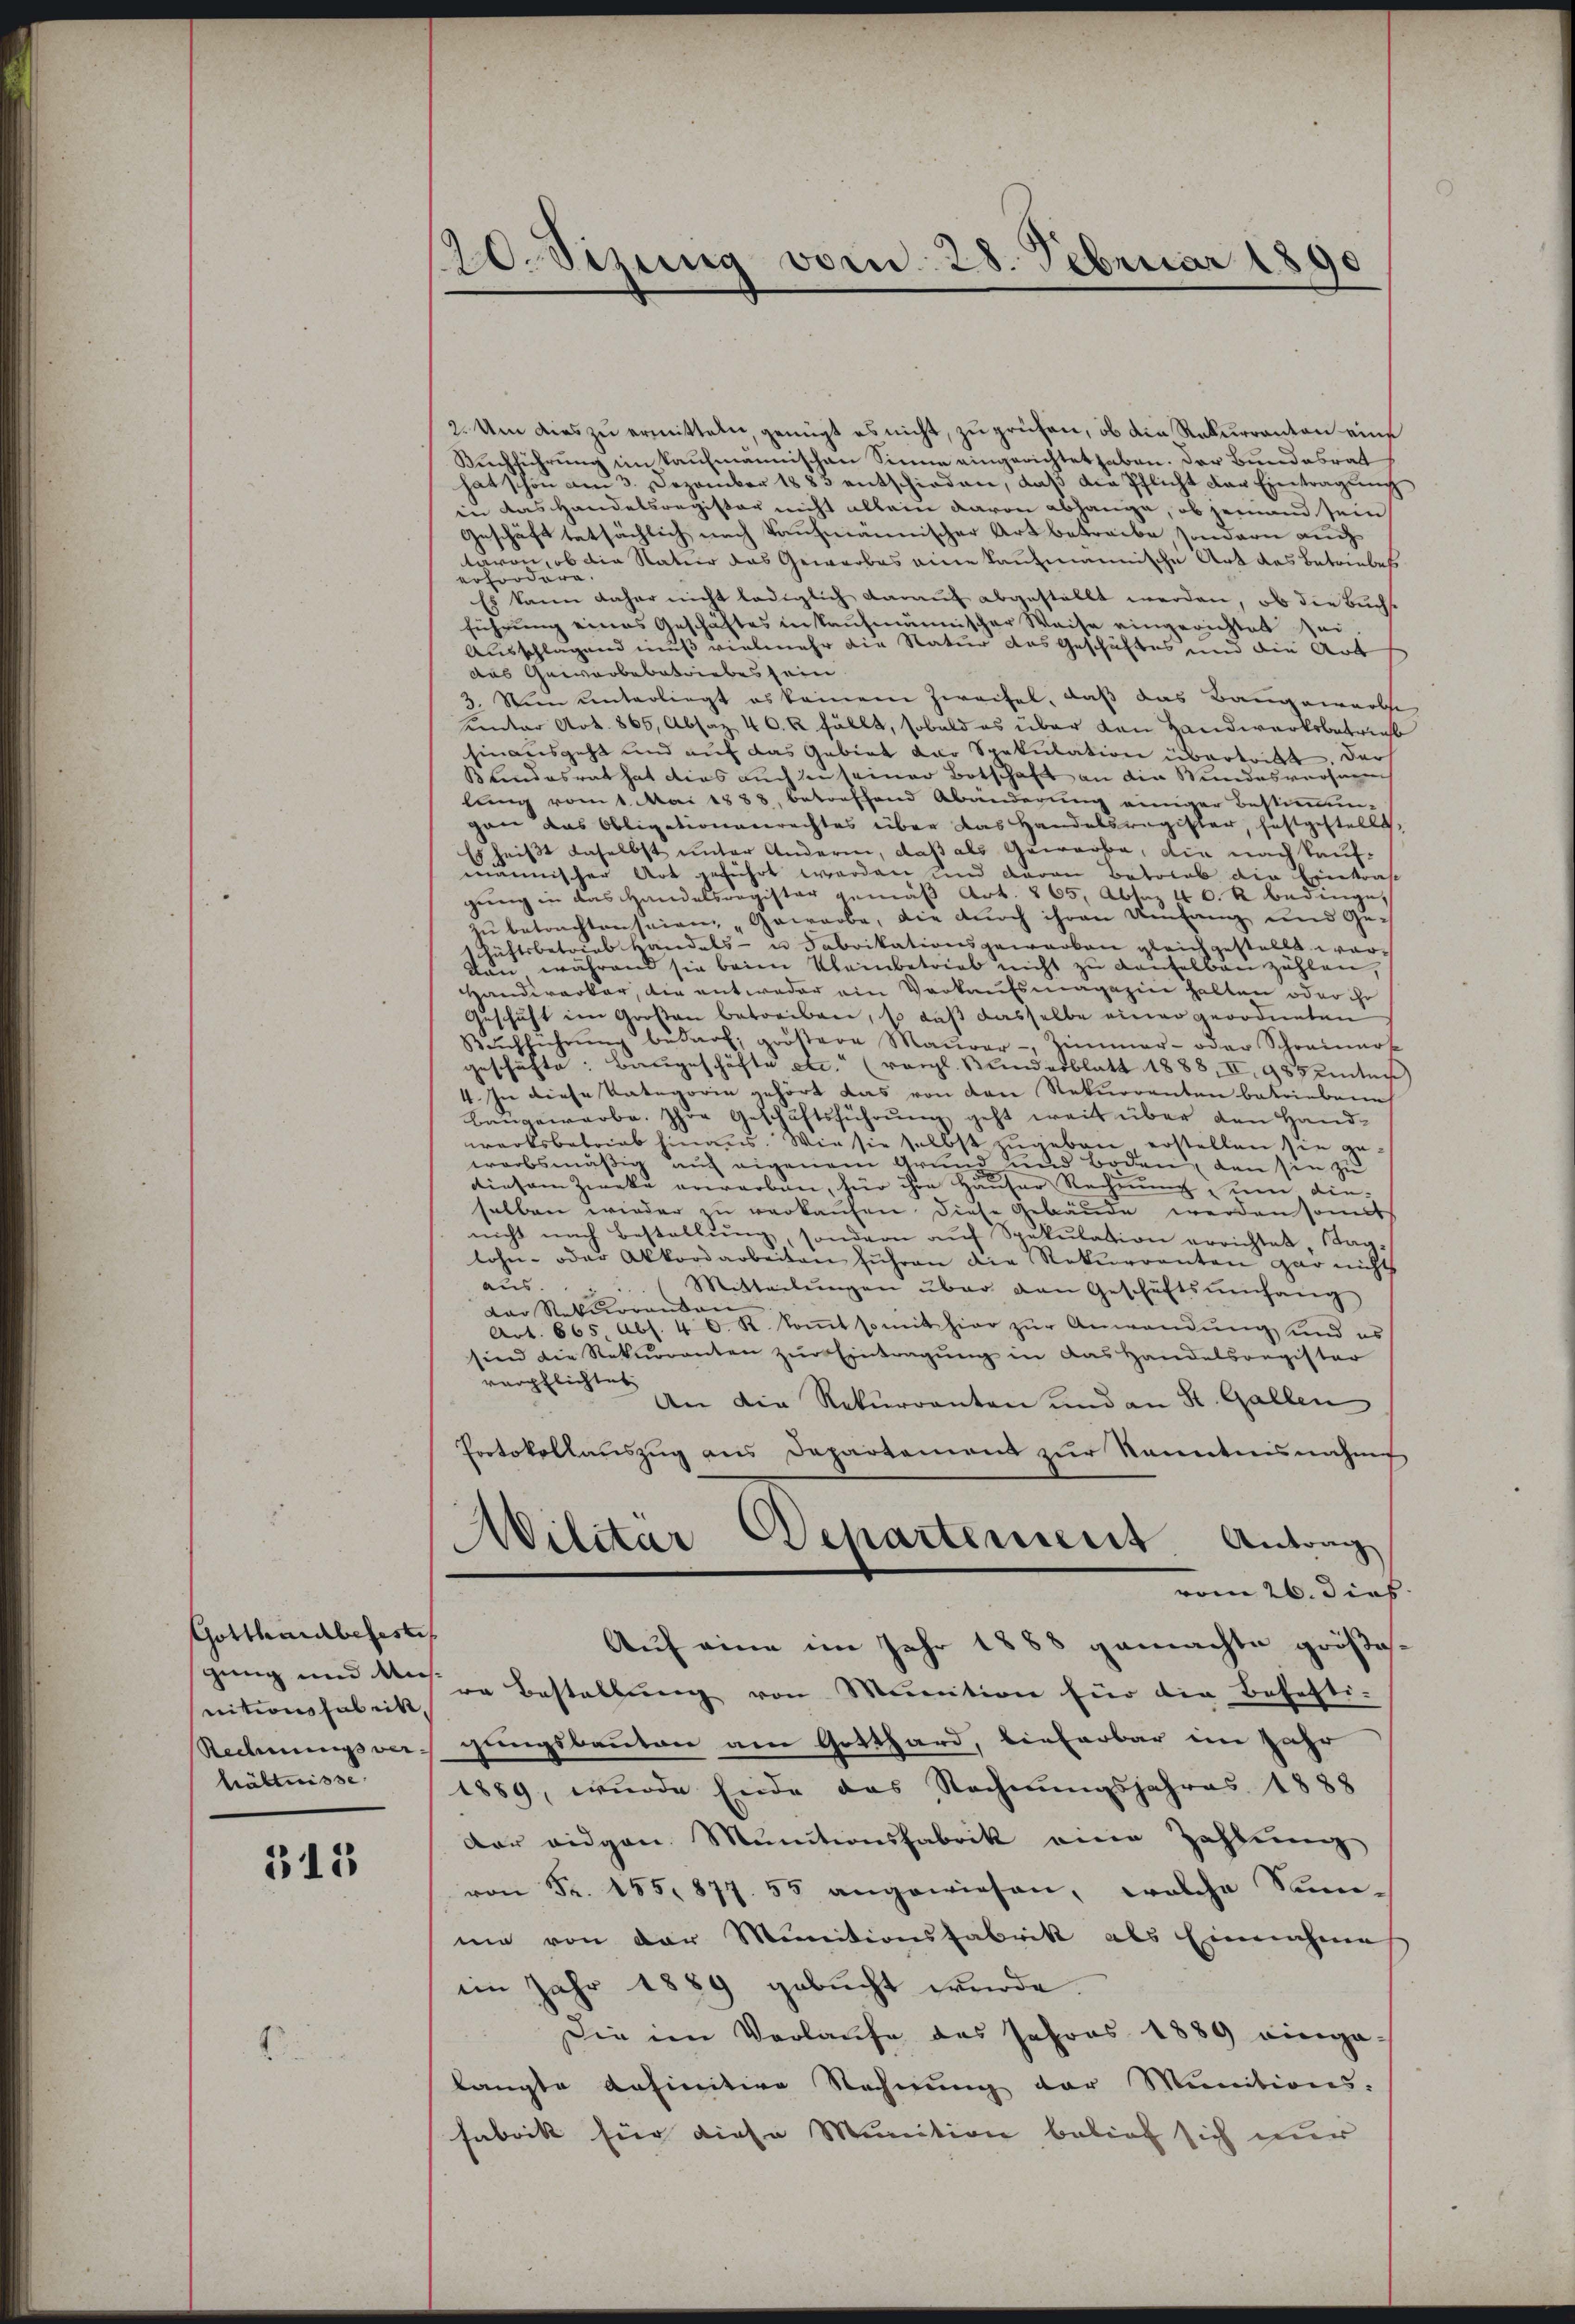
Gotthardbefeste
gung und Annitionsfabrik,
Redungsver-
hältnisse

315

20. Sizung von 28. Februar 1890.

2. Um dies zu ermitteln, genügt es nicht, zu prüfen, ob die Rekurranton eine
Kirchführŭng im Kaŭfmannischen Sinne eingerichtet haben. Der Bundesrat
hat schon am 3. Dezember 1883 entschieden, daβ die Pflicht der Eintragŭng
in das Handelsregister nicht allein davon abhänge, ob jemand sein
Geschäft tatsächlich nach Taufmännischer Art betreibe, sondern auch
tären, ob die Natur das Gewerbes eine kaufmannische Art das Betriebes
erfordern
Es kann daher nicht lediglich darauf abgestellt werden, ob die Buchst
führung eines Geschaftes in kaufmännischer Weise eingerichtet sei.
Ausschlagend muß vielmehr die Natur das Geschäftes und die Art
das Gewerbebetriebes sein
3. Non unterliegt es keinem Zweifel, daß das Baugewerbe
Kentar Art. 865, Absaz 40. R. fällt, sobald es über den Handwerksbetreit
hinausgeht und auf das Gebiet der Spekulation übertritt. Der
Blindesrat hat dies auch zu seiner Botschaft an die Wundesverhan
lung vom 1. Mai 1888, betreffend Abänderung einiger Bestimmun-
gan das Obligationenrechtes über das Handelsregister, festgestellt,
Es heißt daselbst unter Andere, daß als Gewerbe, die nach kauf-
männischer Art geführt worden und daran Botorab die Erkraf
gŭng in das Handelsregister gemäβ Art. 865, Absaz 40. R. Bedinge,
zŭ betrachten seien, „Gewerbe, die durch ihren Umfang und Ge-
schäftsbetrieb handels- u Fabrikationsgewarben gleichgestellt wordan während sie beim Kleinbetrieb nicht zu Laufelbar zählen,
Handwerker, die entweder ein Verkaufsmagazine halten oder ihr
Geschäft im Großen betreiben, so daß dasselbe einer geordneten
Kŭchführŭng bedarf, größere Maurer-, Zimmer- oder Schreiners
geschäfte: Baugeschäfte etc. (vergl. Bundesblatt 1888, II, 985 einter
4. In diese Kategorin gehört das von den Rekurrenten betriebene
Baŭgewarbe. Ihre Geschäftsführŭng geht weit über den Hand-
werksbetrieb hinaus. Wie sie selbst zŭgeben erstellen sie gewarbsmäßig auch eigenem Grund und Boden, den sie zu
diesem Zweke erwarben, für ihre Häuser Rechnung um die-
selben wieder zu verkaufen diese Gebäude werden somit
nicht nach Bestellŭng, sondern aŭf Spekulation errichtet, Sag-
lohn- oder Akkordarbeiten führen die Rekurrenten gar nicht
aus
(Mitteilŭngen über den Geschäftsŭmfang
Der Rekurrenten |
Art. 665. Abs. 4 0. R. koṁt somit hier zŭr Anwendŭng und es
sien die Rekurrenten zŭr Eintragung in das Handelsregister
verpflichtet
An die Rekurrenten und an St. Gallen
Protokollauszug aus Departement zur kanntensnahme
Militar Departement Antrag
vom 26. dies
Auf eine im Jahr 1888 gemachte größere Bestellung von Munition für die Befesti-
gungsbauten am Gotthard, lieferbar im Jahr
1889, wurde sinde das Rechnungsjahres 1888
der eidgen Munitionsfabrik eine Zahlung
von Fr. 155,877. 55 angewiesen, welche Sum-
me von der Munitionsfabrik als Einnahme
im Jahr 1889 gebucht wurde.
Die im Vorlaufe des Jahres 1889 eingelangte definitive Rechnung der Munitions-
fabrik für diese Munition belief sich nur